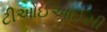
ટીઓઈઆઈસી